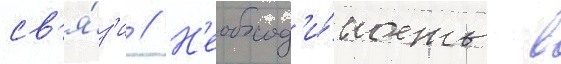
св'я́з'и // Н'еобход'и́мость в